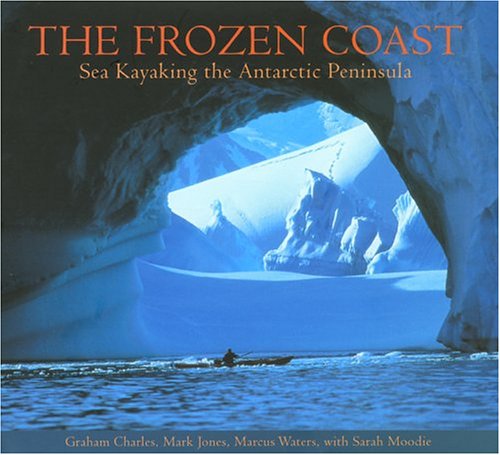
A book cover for The Frozen Coast: Sea Kayaking the Antarctic Peninsula; Graham Charles; Sports & Outdoors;